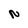
Character: N